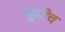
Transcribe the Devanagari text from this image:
भूमीच